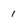
Character: 1